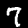
Digit: 7